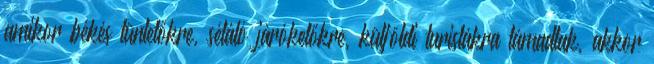
amikor békés tüntetőkre, sétáló járókelőkre, külföldi turistákra támadtak, akkor